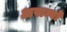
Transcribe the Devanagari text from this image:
अरान्गो